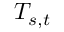
\textstyle T _ { s , t }